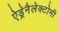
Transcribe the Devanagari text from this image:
ऐड्रेनैलेक्टोमी